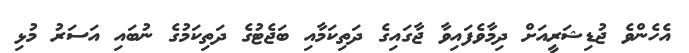
އެހެންވެ ޖުޑިޝަރީއަށް ދިމާވެފައިވާ ޖާގައިގެ ދަތިކަމާއި ބަޖެޓުގެ ދަތިކަމުގެ ނުބައި އަސަރު މުޅި